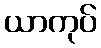
ယာကုပ်